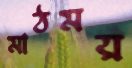
মাঠময়